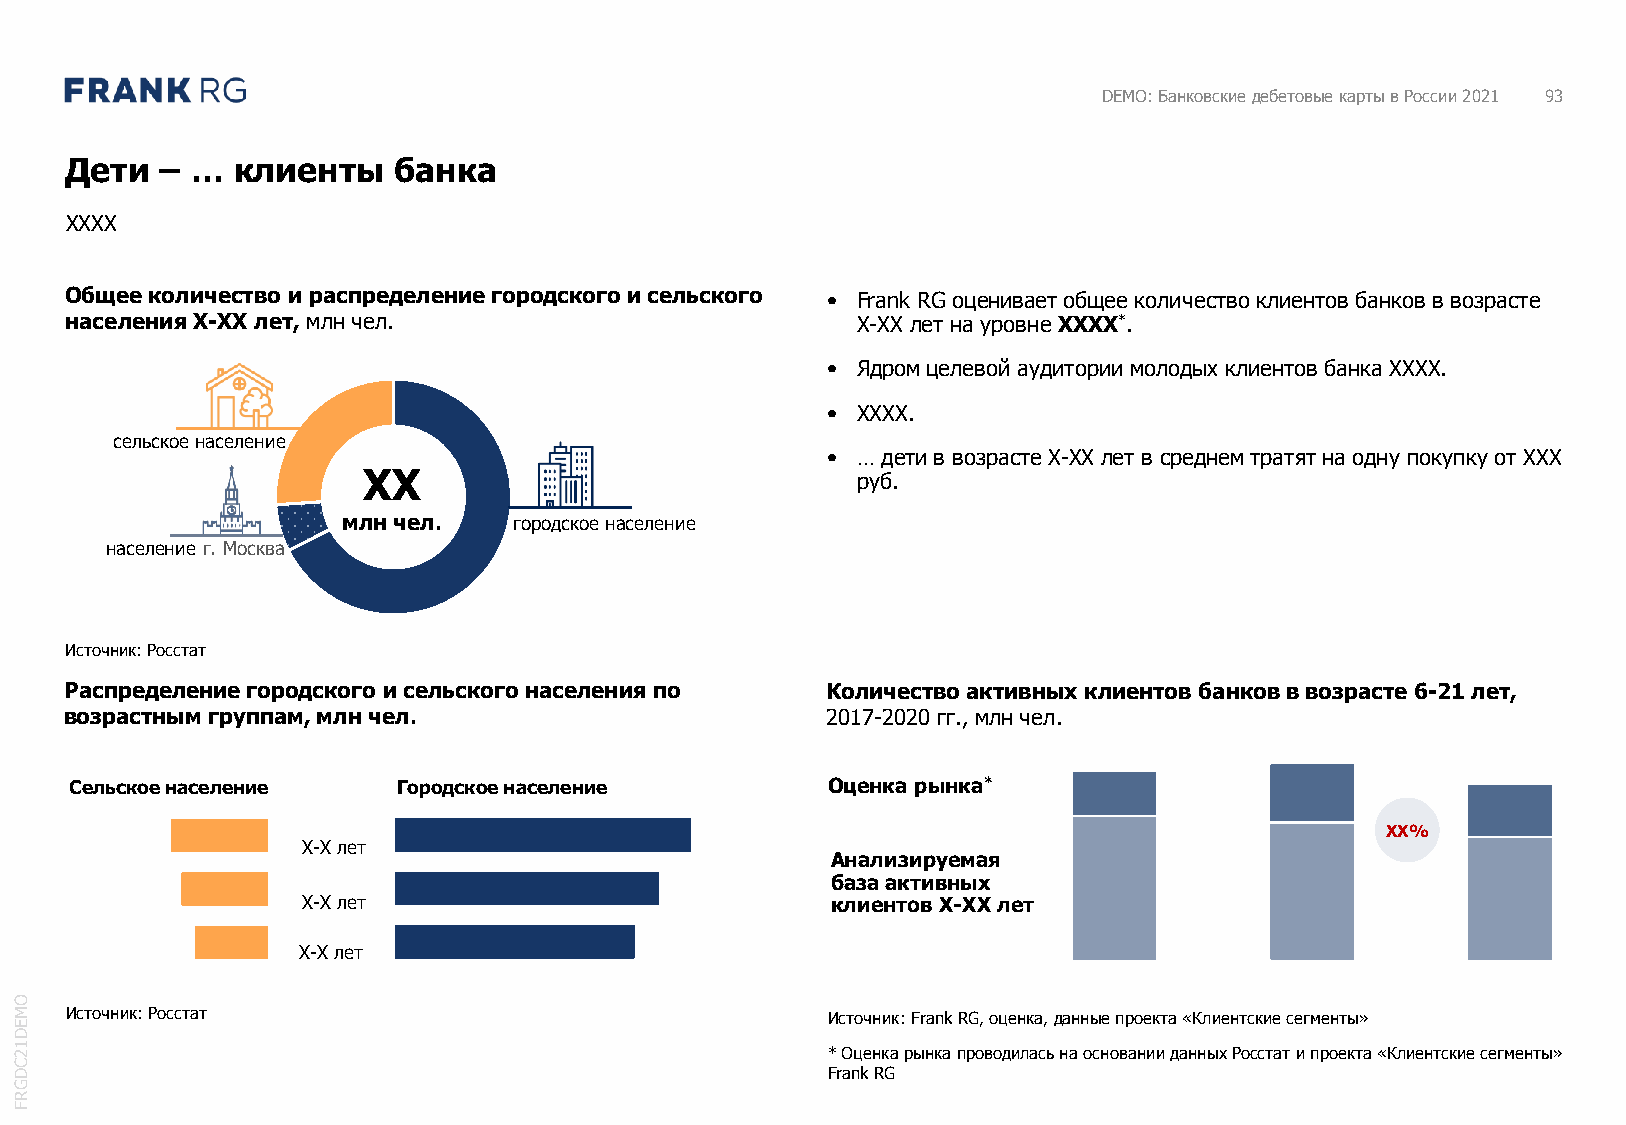
DEMO: Банковские дебетовые карты в России 2021 93
 Дети   – … клиенты    банка
 XXXX
 Общее количество и распределение городского и сельского • Frank RG оценивает общее количество клиентов банков в возрасте
 населения X-XX лет, млн чел.                         X-XX лет на уровне XXXX*.
 • Ядром целевой аудитории молодых клиентов банка XXXX.
 • XXXX.
 сельское население
 • … дети в возрасте X-XX лет в среднем тратят на одну покупку от XXX
 XX                               руб.
 млн чел.   городское население
 население г. Москва
 Источник: Росстат
 Распределение городского и сельского населения по  Количество активных клиентов банков в возрасте 6-21 лет,
 возрастным группам, млн чел.                       2017-2020 гг., млн чел.
 Сельское население   Городское население          Оценка рынка*
 XX%
 X-Xлет
 Анализируемая
 база активных
 X-Xлет                             клиентов X-XX лет
 X-Xлет
 O
 M  Источник: Росстат                                  Источник: Frank RG,оценка,данные проекта «Клиентские сегменты»
 E
 D
 1 2                                                   * Оценка рынка проводилась на основании данных Росстат и проекта «Клиентские сегменты»
 C
 D                                                     Frank RG
 G
 R
 F